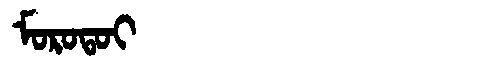
Manchu: ᠮᠣᡵᠣᡨᠣᡳ
Romanization: MOROTOI